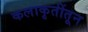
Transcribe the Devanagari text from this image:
कलाकृतींतून